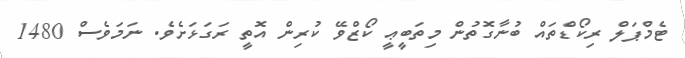
ޓެމްޕަލް ރިކޯޑްތައް ބުނާގޮތުން މިތަބީޢީ ކޯޒްވޭ ކުރިން އޮތީ ރަގަޅަށެވެ. ނަމަވެސް 1480